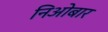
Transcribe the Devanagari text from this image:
निओबार